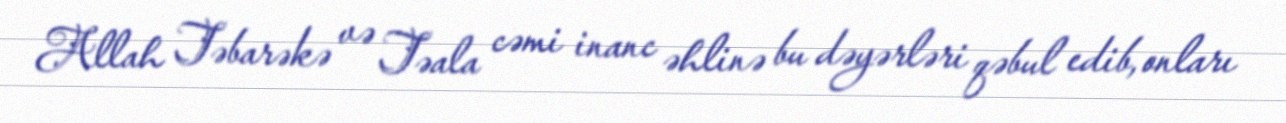
Allah Təbarəkə və Təala cəmi inanc əhlinə bu dəyərləri qəbul edib, onları